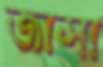
জাসা